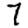
Digit: 7